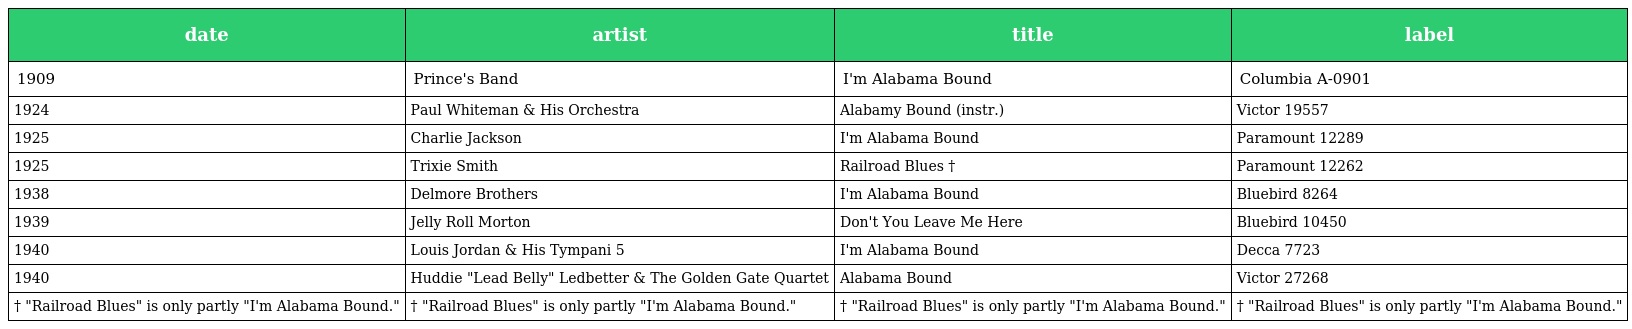
| date | artist | title | label |
 | --- | --- | --- | --- |
 | 1909 | Prince's Band | I'm Alabama Bound | Columbia A-0901 |
 | 1924 | Paul Whiteman & His Orchestra | Alabamy Bound (instr.) | Victor 19557 |
 | 1925 | Charlie Jackson | I'm Alabama Bound | Paramount 12289 |
 | 1925 | Trixie Smith | Railroad Blues † | Paramount 12262 |
 | 1938 | Delmore Brothers | I'm Alabama Bound | Bluebird 8264 |
 | 1939 | Jelly Roll Morton | Don't You Leave Me Here | Bluebird 10450 |
 | 1940 | Louis Jordan & His Tympani 5 | I'm Alabama Bound | Decca 7723 |
 | 1940 | Huddie "Lead Belly" Ledbetter & The Golden Gate Quartet | Alabama Bound | Victor 27268 |
 | † "Railroad Blues" is only partly "I'm Alabama Bound." | † "Railroad Blues" is only partly "I'm Alabama Bound." | † "Railroad Blues" is only partly "I'm Alabama Bound." | † "Railroad Blues" is only partly "I'm Alabama Bound." |